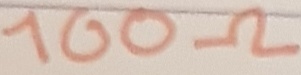
Text: 100Ω